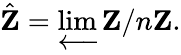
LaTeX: {\hat{\mathbf{Z}}}=\varprojlim\mathbf{Z}/n\mathbf{Z}.